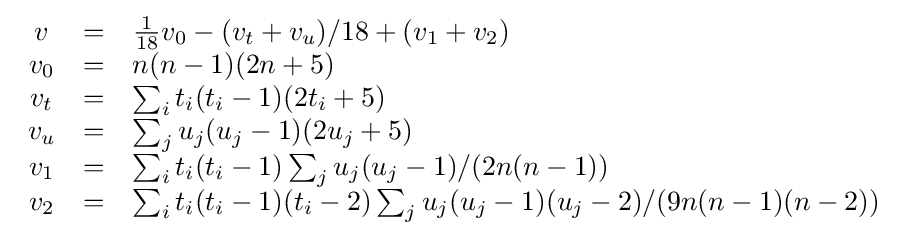
{\begin{array}{ccl}v&=&{\frac {1}{18}}v_{0}-(v_{t}+v_{u})/18+(v_{1}+v_{2})\\v_{0}&=&n(n-1)(2n+5)\\v_{t}&=&\sum _{i}t_{i}(t_{i}-1)(2t_{i}+5)\\v_{u}&=&\sum _{j}u_{j}(u_{j}-1)(2u_{j}+5)\\v_{1}&=&\sum _{i}t_{i}(t_{i}-1)\sum _{j}u_{j}(u_{j}-1)/(2n(n-1))\\v_{2}&=&\sum _{i}t_{i}(t_{i}-1)(t_{i}-2)\sum _{j}u_{j}(u_{j}-1)(u_{j}-2)/(9n(n-1)(n-2))\end{array}}